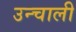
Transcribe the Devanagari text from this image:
उन्चाली